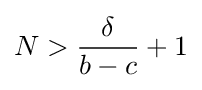
N>{\frac {\delta }{b-c}}+1